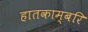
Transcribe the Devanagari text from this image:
हातकाम्बरि